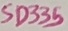
Text: SD335